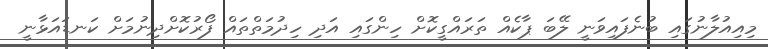
މިއިއުލާނުގައި ބުނެފައިވަނީ ލޭބަ ޕާކެއް ތަރައްގީކޮށް ހިންގައި އަދި ހިދުމަތްތައް ފޯރުކޮށްދިނުމަށް ކަނޑައަޅާނީ